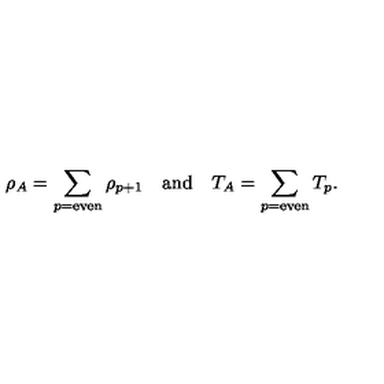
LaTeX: \rho _ { A } = \sum _ { p = \mathrm { e v e n } } \rho _ { p + 1 } \quad \mathrm { a n d } \quad T _ { A } = \sum _ { p = \mathrm { e v e n } } T _ { p } .